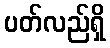
ပတ်လည်ရှိ